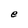
Character: e